Annual statistical returns and brief notes on vaccination in Bengal - 1887-1898
Year: 1887
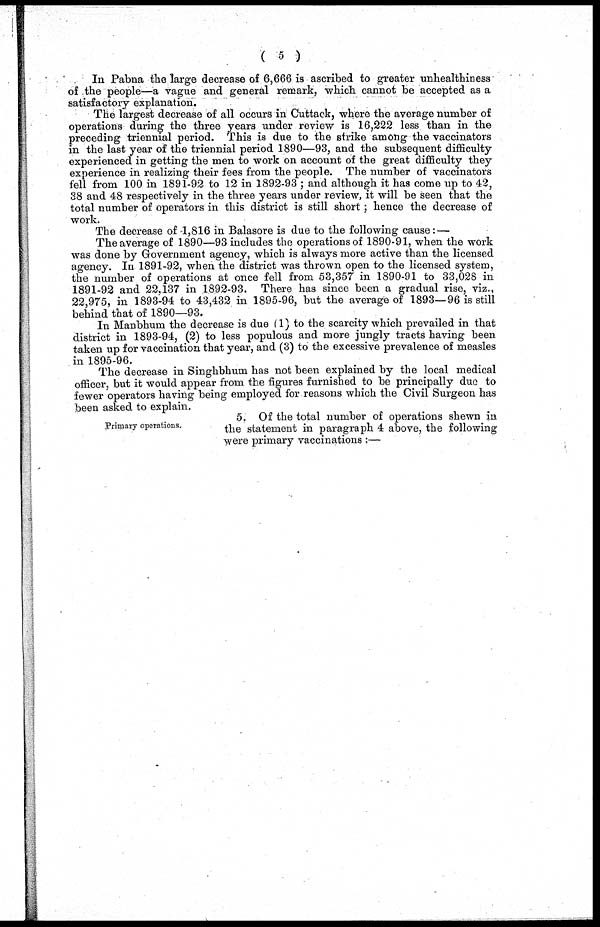
( 5 )
In Pabna the large decrease of 6,666 is ascribed to greater unhealthiness
of the people—a vague and general remark, which cannot be accepted as a
satisfactory explanation.
The largest decrease of all occurs in Cuttack, where the average number of
operations during the three years under review is 16,222 less than in the
preceding triennial period. This is due to the strike among the vaccinators
in the last year of the triennial period 1890—93, and the subsequent difficulty
experienced in getting the men to work on account of the great difficulty they
experience in realizing their fees from the people. The number of vaccinators
fell from 100 in 1891-92 to 12 in 1892-93 ; and although it has come up to 42,
38 and 48 respectively in the three years under review, it will be seen that the
total number of operators in this district is still short; hence the decrease of
work.
The decrease of 1,816 in Balasore is due to the following cause: —
The average of 1890—93 includes the operations of 1890-91, when the work
was done by Government agency, which is always more active than the licensed
agency. In 1891-92, when the district was thrown open to the licensed system,
the number of operations at once fell from 53,357 in 1890-91 to 33,028 in
1891-92 and 22,137 in 1892-93. There has since been a gradual rise, viz.,
22,975, in 1893-94 to 43,432 in 1895-96, but the average of 1893—96 is still
behind that of 1890—93.
In Manbhum the decrease is due (1) to the scarcity which prevailed in that
district in 1893-94, (2) to less populous and more jungly tracts having been
taken up for vaccination that year, and (3) to the excessive prevalence of measles
in 1895-96.
The decrease in Singhbhum has not been explained by the local medical
officer, but it would appear from the figures furnished to be principally due to
fewer operators having being employed for reasons which the Civil Surgeon has
been asked to explain.
Primary operations.
5. Of the total number of operations shewn in
the statement in paragraph 4 above, the following
were primary vaccinations :—